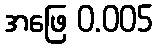
အဖြေ 0.005